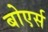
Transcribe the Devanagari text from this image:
बोएर्स